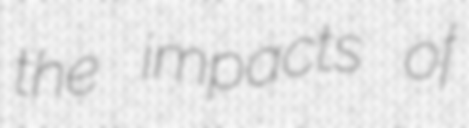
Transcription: the impacts of